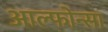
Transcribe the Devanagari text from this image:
आल्फोन्सा